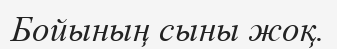
Бойының сыны жоқ.